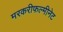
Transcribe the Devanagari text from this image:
मरकरीफल्मीनेट